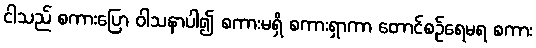
ငါသည် စကားပြော ဝါသနာပါ၍ စကားမရှိ စကားရှာကာ တောင်စဉ်ရေမရ စကား